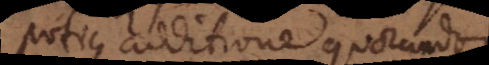
potius additione quorundam